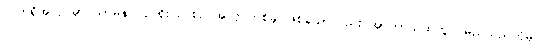
လက်ရှိအလုပ်မှာ သာမန် လုပ်ရိုးလုပ်စဉ် အလုပ်တစ်ခု ဖြစ်သော်လည်း အာကာသထဲတွင် မည်သည်ကိုမှ